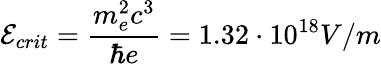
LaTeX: \mathcal{E}_{crit}=\frac{m_{e}^{2}c^{3}}{\hbar e}=1.32\cdot 10^{18}V/m